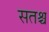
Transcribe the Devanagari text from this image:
सतश्च